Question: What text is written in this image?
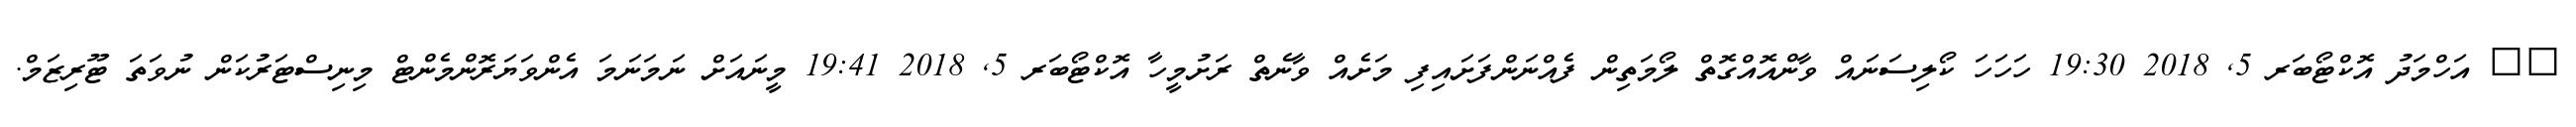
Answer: ?? އަހްމަދު އޮކްޓޯބަރ 5, 2018 19:30 ހަހަހަ ކޯލިސަނައް ވާންއޮއްގޮތް ލޯމަތިން ފެއްނަންފަށައިފި މަށެއް ވާނެތް ރަށުމީހާ އޮކްޓޯބަރ 5, 2018 19:41 މީނައަށް ނަމަނަމަ އެންވަޔަރޮންމެންޓް މިނިސްޓަރުކަން ނުވަތަ ޓޫރިޒަމް.